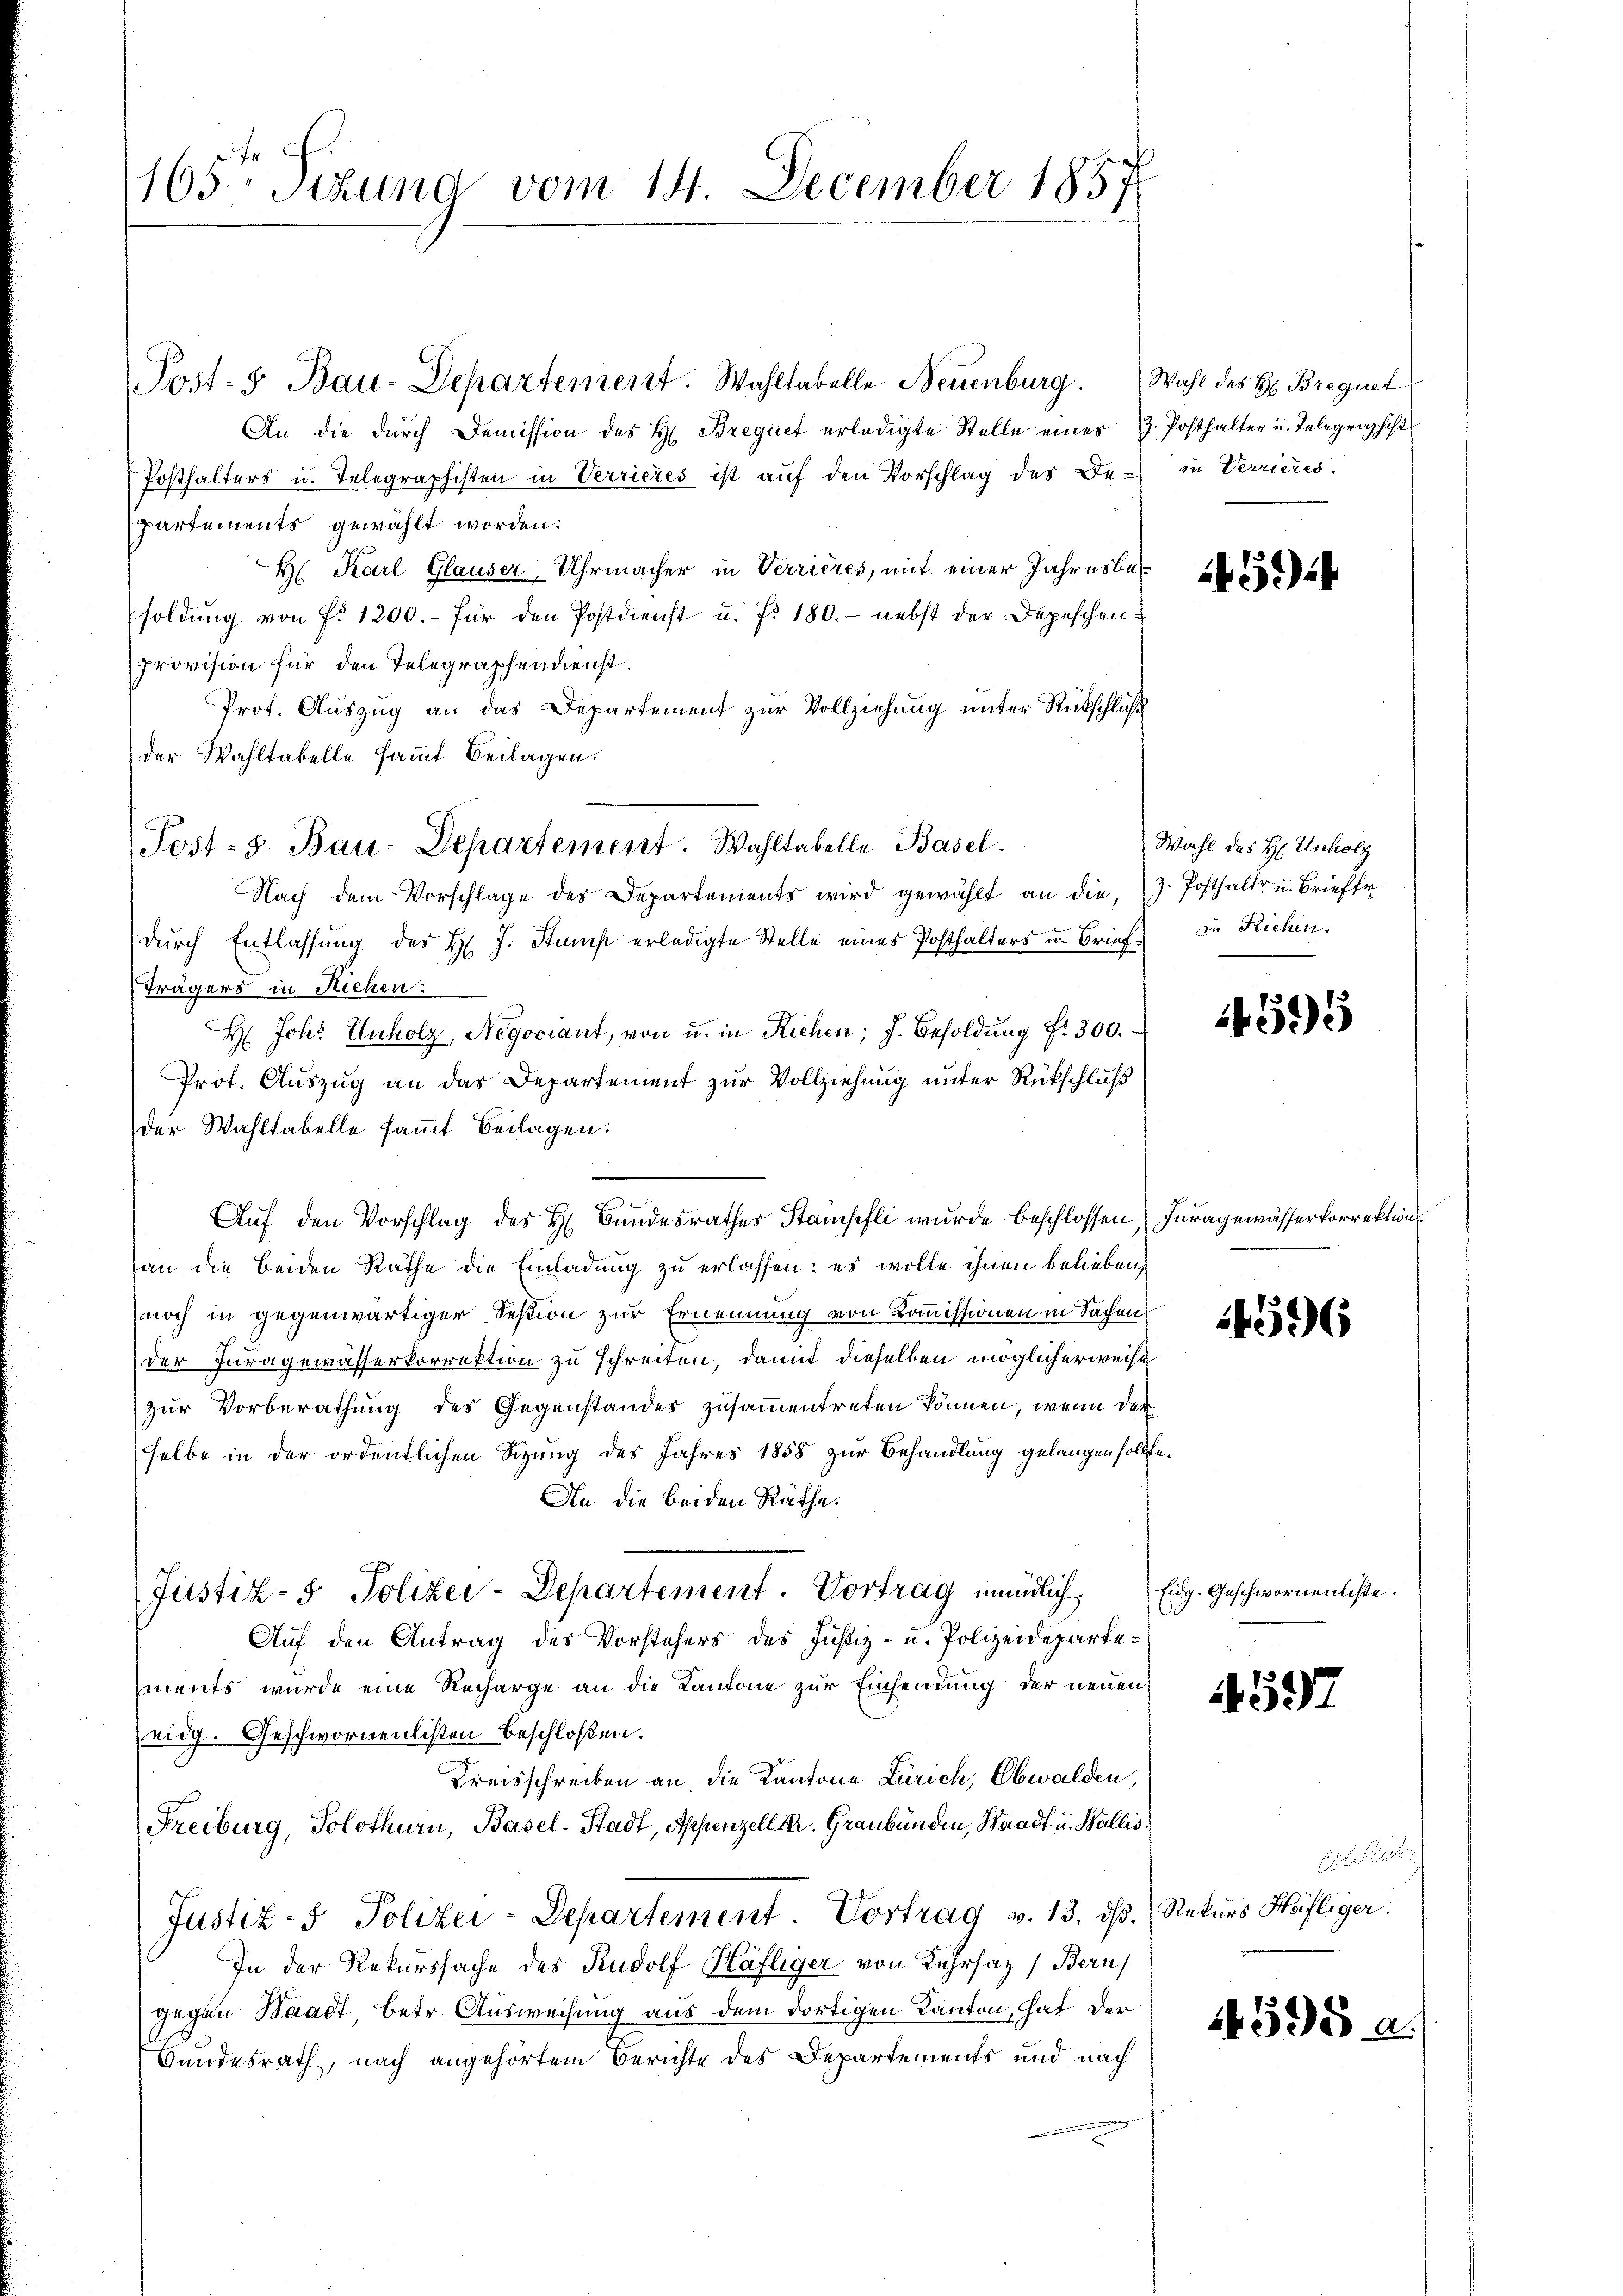
165. Sitzung vom 14. December 1857

Post- u Bau-Departement. Wahltabelle Neuenburg. Wahl des H. Bregnet
An die dŭrch Demission des H. Brequet erledigte Stelle einer 3. Posthalter u. Telegraphist
Posthalters u. Telegraphisten in Verrieres ist auf den Vorschlag des De- in Verrieres.
partements gewählt worden:
H Karl Glauser-Uhrmacher in Verrières, mit einer Jahresbesoldung von P. 1200.- für den Postdienst u. fr. 180. - nebst der Depeschenprovision für den Telegraphendienst.
Prot. Auszug an das Departement zur Vollziehung unter Rückschluß
der Wahltabelle sammt Beilagen.
Nach dem Vorschlage des Departements wird gewählt an die z. Posthalter u. Briefer
dŭrch Entlassŭng des H. J. Stump erledigte Stelle eines Posthalters u. Brief zu Richen.
Trägers in Siehen:
H. Joh. Unholz, Negociant, von u. in Riehen; J. Besoldŭng fr. 300.
Prot. Auszug an das Departement zur Vollziehung unter Rückschluß
der Wahltabelle sammt Beilagen.
Aŭf den Vorschlag des H. Bundesrathes Stampfli wurde beschlossen Iuragewässerkorrektion
an die beiden Räthe die Einladung zu erlassen: es wolle ihnen belieben,
noch in gegenwärtiger Session zur Ernennung von Kommissionen in Sachen
der Juragewässerkorrektion zu schreiten, damit dieselben möglicherweise
zur Vorberathung des Gegenstandes zusammentreten können, wenn der
selbe in der ordentlichen Sizung des Jahres 1858 zur Behandlung gelangen sollte.
An die beiden Räthe.
Justiz- & Polizei-Departement. Vortrag mündlich
Auf den Antrag des Vorstehers des Justiz- u. Polizeidepartements wurde eine Recharge an die Kantone zur Einsendung der neuen
eidg. Geschwornenlisten beschloßen.
Kreisschreiben an die Kantone Zürich, Obwalden,
Freiburg, Solothurn, Basel-Stadt, Appenzell I. Graubünden, Waadt u. Wallis,
Justiz- & Polizei-Departement. Vortrag v. 13. dβ. Rekurs Häfliger.
In der Rekurssache des Rudolf Häfliger von Lehrsaz (Bern,
gegen Waadt, betr. Ausweisung aus dem dortigen Kanton, hat der
Bundesrath, nach angehörtem Berichte des Departements und nach

Post- 5. Bau-Departement. Wahltabelle Basel.

5

Wahl des H. Unholz

1451)

4596

Eidg-Geschwornenliste.

4597

1595